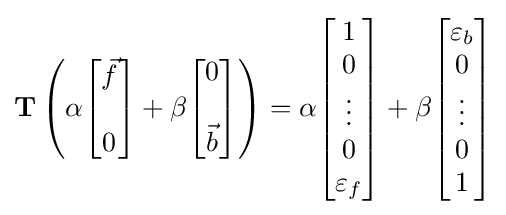
\mathbf {T} \left(\alpha {\begin{bmatrix}{\vec {f}}\\\ \\0\\\end{bmatrix}}+\beta {\begin{bmatrix}0\\\ \\{\vec {b}}\end{bmatrix}}\right)=\alpha {\begin{bmatrix}1\\0\\\vdots \\0\\\varepsilon _{f}\\\end{bmatrix}}+\beta {\begin{bmatrix}\varepsilon _{b}\\0\\\vdots \\0\\1\end{bmatrix}}